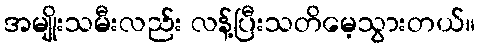
အမျိုးသမီးလည်း လန့်ပြီးသတိမေ့သွားတယ်။